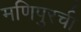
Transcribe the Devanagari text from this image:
मणिपुरची